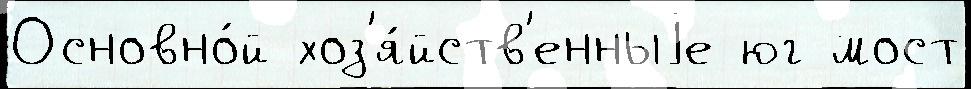
Основно́й хоз'я́йств'енныjе юг мост